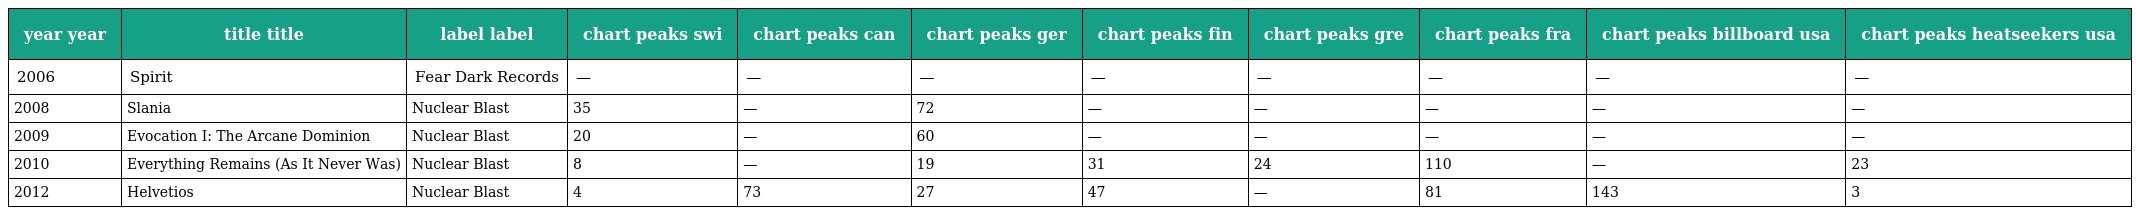
| year year | title title | label label | chart peaks swi | chart peaks can | chart peaks ger | chart peaks fin | chart peaks gre | chart peaks fra | chart peaks billboard usa | chart peaks heatseekers usa |
 | --- | --- | --- | --- | --- | --- | --- | --- | --- | --- | --- |
 | 2006 | Spirit | Fear Dark Records | — | — | — | — | — | — | — | — |
 | 2008 | Slania | Nuclear Blast | 35 | — | 72 | — | — | — | — | — |
 | 2009 | Evocation I: The Arcane Dominion | Nuclear Blast | 20 | — | 60 | — | — | — | — | — |
 | 2010 | Everything Remains (As It Never Was) | Nuclear Blast | 8 | — | 19 | 31 | 24 | 110 | — | 23 |
 | 2012 | Helvetios | Nuclear Blast | 4 | 73 | 27 | 47 | — | 81 | 143 | 3 |